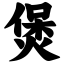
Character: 煲